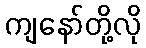
ကျနော်တို့လို